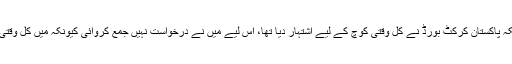
میں سمجھتا ہوں کہ کیونکہ پاکستان کرکٹ بورڈ نے کل وقتی کوچ کے لیے اشتہار دیا تھا، اس لیے میں نے درخواست نہیں جمع کروائی کیونکہ میں کل وقتی کردار نہیں نبھا پاؤں گا۔